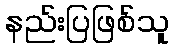
နည်းပြဖြစ်သူ